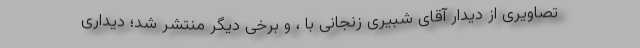
تصاویری از دیدار آقای شبیری زنجانی با ، و برخی دیگر منتشر شد؛ دیداری